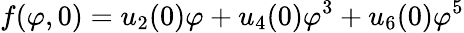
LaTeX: f(\varphi,0)=u_{2}(0)\varphi+u_{4}(0)\varphi^{3}+u_{6}(0)\varphi^{5}